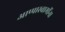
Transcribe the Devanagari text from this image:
आप्पास्‍वामींना